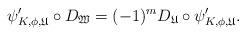
LaTeX: \begin{align*}\psi'_{K, \phi, \mathfrak{U}} \circ D_{\mathfrak{W}} = (-1)^{m}D_{\mathfrak{U}} \circ \psi'_{K, \phi, \mathfrak{U}}.\end{align*}